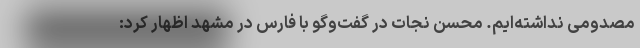
مصدومی نداشته‌ایم. محسن نجات در گفت‌وگو با فارس در مشهد اظهار کرد: